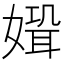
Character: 𡠸